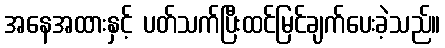
အနေအထားနှင့် ပတ်သက်ပြီးထင်မြင်ချက်ပေးခဲ့သည်။